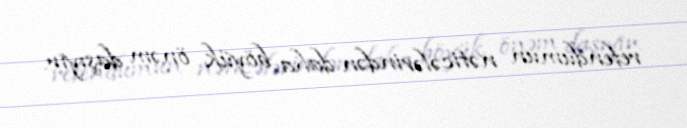
refendumun nəticələrindən daha böyük önəm daşıyır.